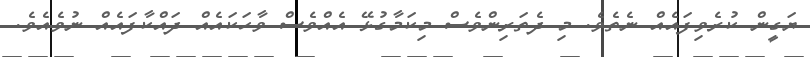
ޔަގީން ކުރެވިފައެއް ނެތެވެ. މި ދެތަރިންވެސް މިކަމާގުޅޭ އެއްވެސް ވާހަކައެއް ދައްކާފައެއް ނުވެއެވެ.